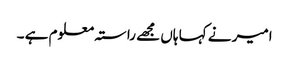
امیر نے کہا ہاں مجھے راستہ معلوم ہے ۔